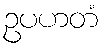
ဥပဟတံ